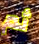
ثم